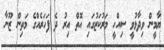
ޔާމީން ވިދާޅުވީ ސިއްހީ މަރުކަޒުގައި އޮތް އިރު ދެ ފަހަރެއްގެ މަތިން ޒޫނާ